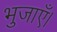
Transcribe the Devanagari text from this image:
भुजाएँ।